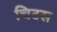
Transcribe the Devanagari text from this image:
चिटस